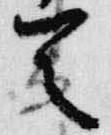
首